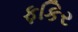
ફકિર